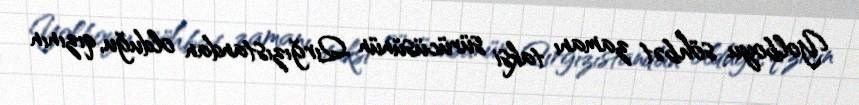
Yolboyu söhbət zamanı taksi sürücüsünün Qırğızıstandan olduğu, qızının